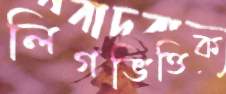
লিগভিত্তিক